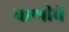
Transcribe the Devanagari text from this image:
वाणीचें